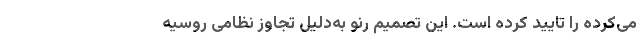
می‌کرده را تایید کرده است. این تصمیم رنو به‌دلیل تجاوز نظامی روسیه